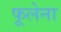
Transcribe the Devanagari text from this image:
फूलेना